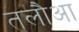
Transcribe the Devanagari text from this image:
तलौआ